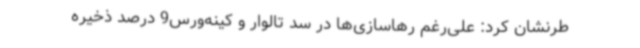
طرنشان کرد: علی‌رغم رهاسازی‌ها در سد تالوار و کینه‌ورس9 درصد ذخیره